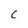
Character: C